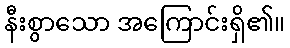
နီးစွာသော အကြောင်းရှိ၏။